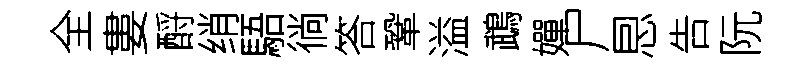
全婁酹绡䮏徜答鞏溢鵡嬋尸㤙告阮